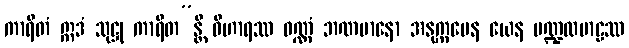
ကာရိတံ ဣဒံ သုဋ္ဌု ကာရိတ”န္တိ ဝိဟာရဿ ဝဏ္ဏံ ဘဏမာနော အနုက္ကမေန ယေန မဏ္ဍလမာဠဿ